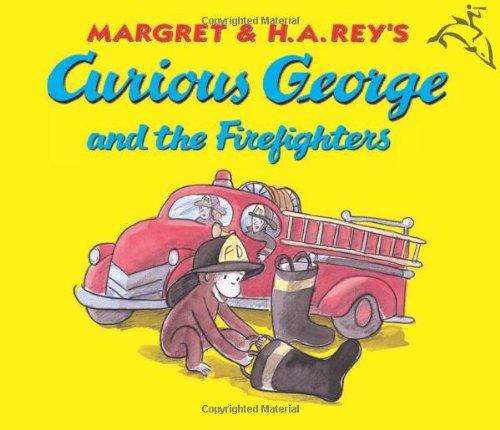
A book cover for Curious George and the Firefighters; H. A. Rey; Children's Books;